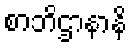
စာဘိဌာနာနိ